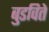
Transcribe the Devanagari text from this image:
बुडविते